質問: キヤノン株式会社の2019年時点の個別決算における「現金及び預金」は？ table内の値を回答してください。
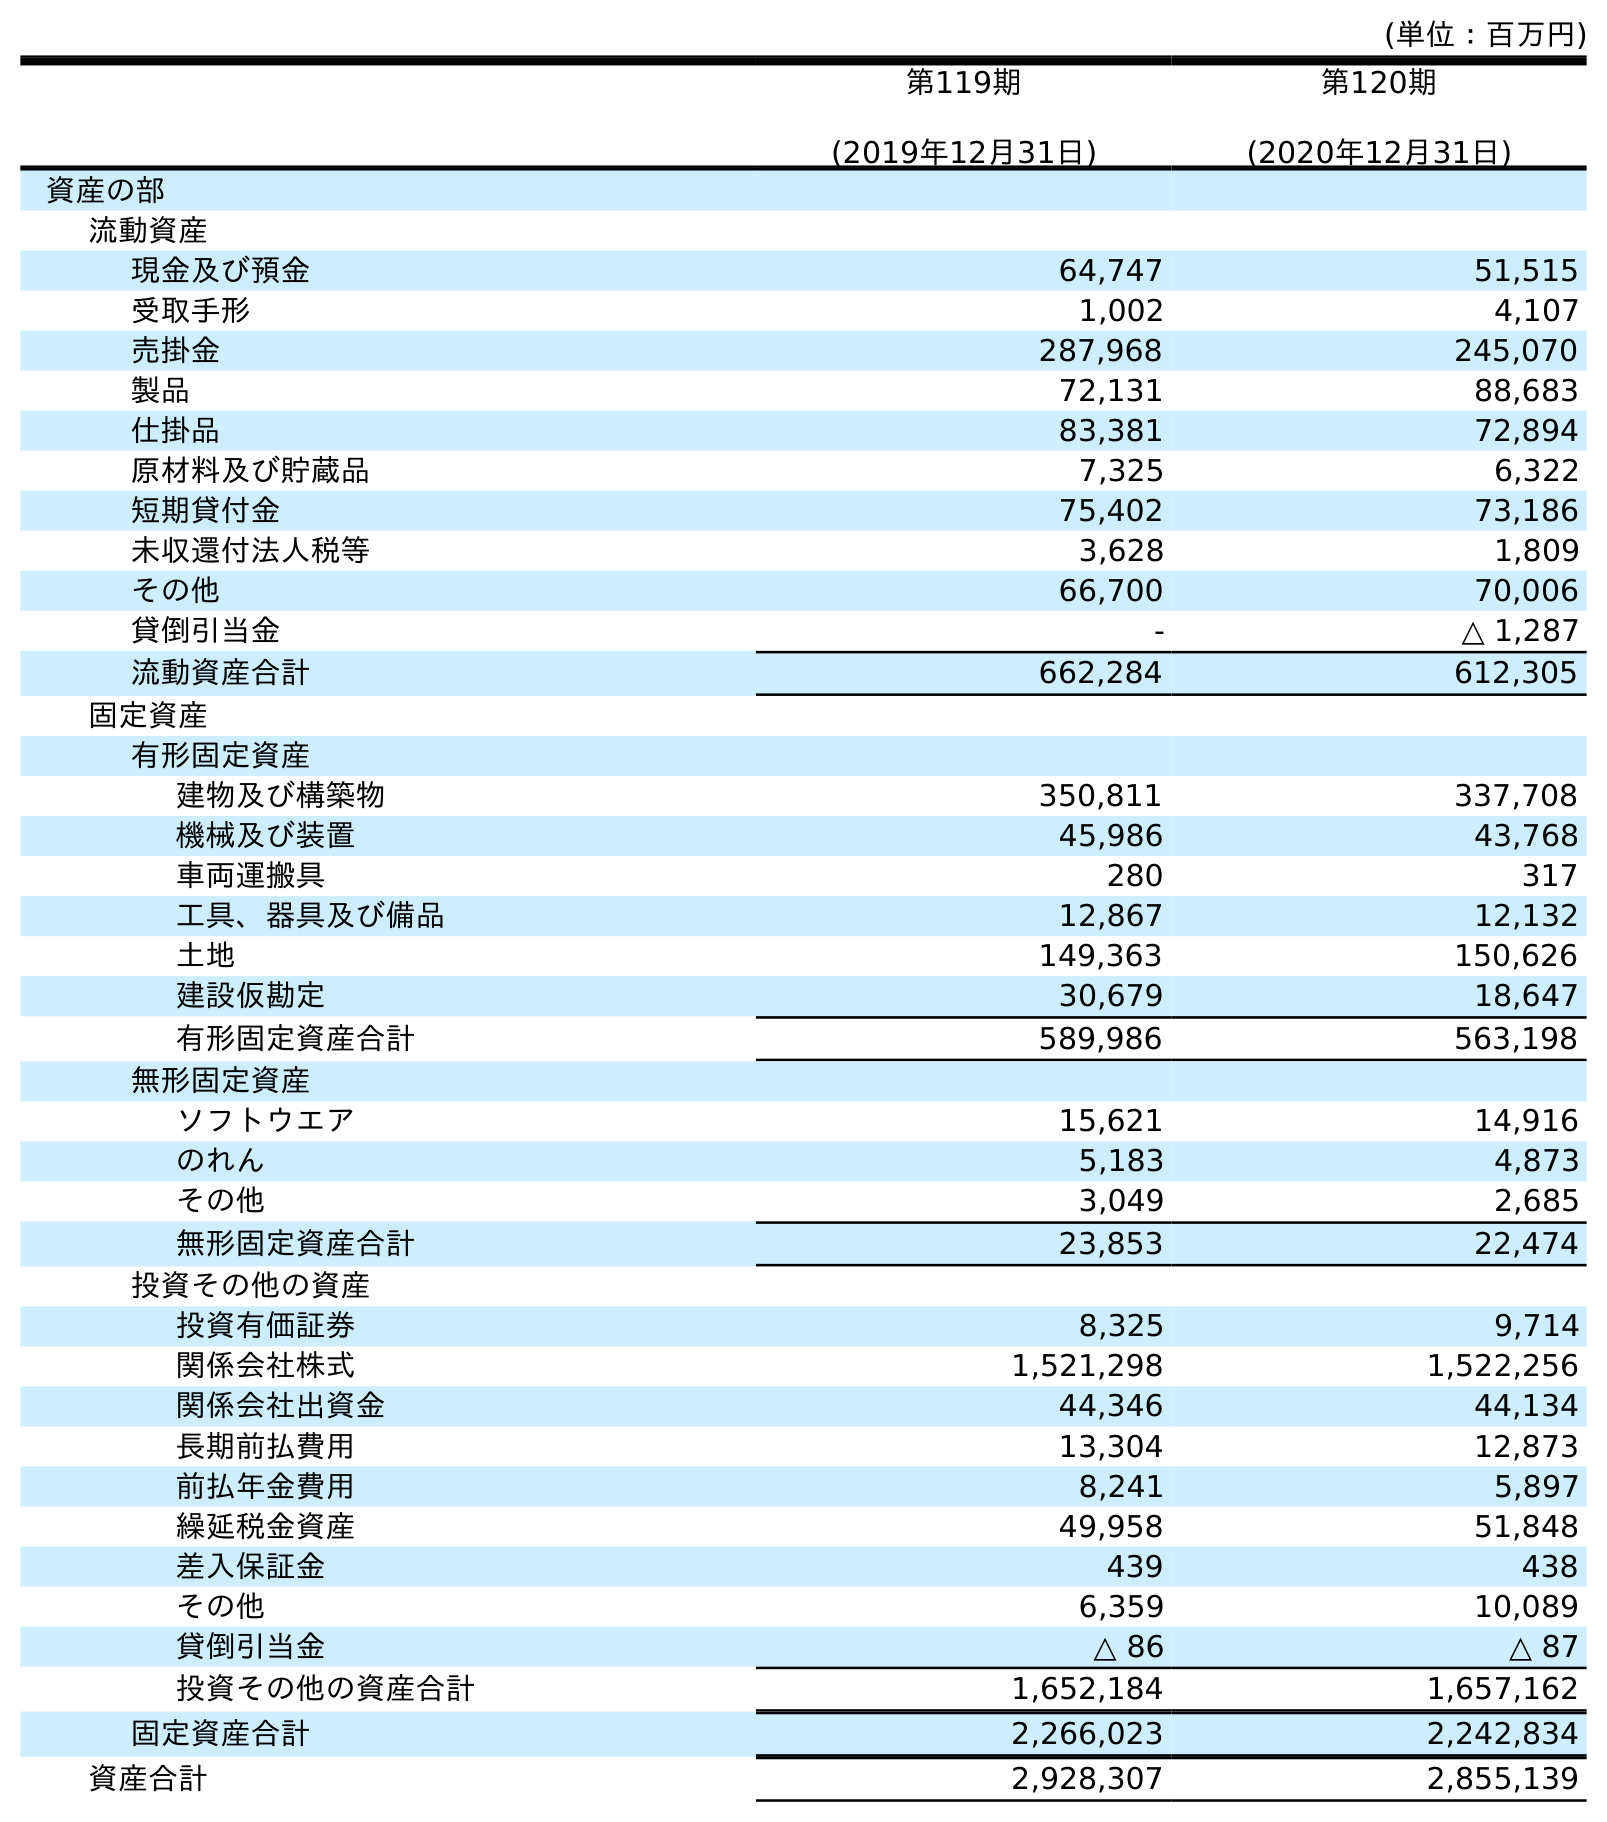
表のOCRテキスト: (単位：百万円) 第119期 (2019年12月31日) 第120期 (2020年12月31日) 資産の部 流動資産 現金及び預金 64,747 51,515 受取手形 1,002 4,107 売掛金 287,968 245,070 製品 72,131 88,683 仕掛品 83,381 72,894 原材料及び貯蔵品 7,325 6,322 短期貸付金 75,402 73,186 未収還付法人税等 3,628 1,809 その他 66,700 70,006 貸倒引当金 - △ 1,287 流動資産合計 662,284 612,305 固定資産 有形固定資産 建物及び構築物 350,811 337,708 機械及び装置 45,986 43,768 車両運搬具 280 317 工具、器具及び備品 12,867 12,132 土地 149,363 150,626 建設仮勘定 30,679 18,647 有形固定資産合計 589,986 563,198 無形固定資産 ソフトウエア 15,621 14,916 のれん 5,183 4,873 その他 3,049 2,685 無形固定資産合計 23,853 22,474 投資その他の資産 投資有価証券 8,325 9,714 関係会社株式 1,521,298 1,522,256 関係会社出資金 44,346 44,134 長期前払費用 13,304 12,873 前払年金費用 8,241 5,897 繰延税金資産 49,958 51,848 差入保証金 439 438 その他 6,359 10,089 貸倒引当金 △ 86 △ 87 投資その他の資産合計 1,652,184 1,657,162 固定資産合計 2,266,023 2,242,834 資産合計 2,928,307 2,855,139
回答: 64,747